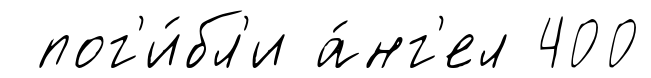
пог'и́бл'и а́нг'ел 400